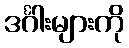
ဒင်္ဂါးများကို